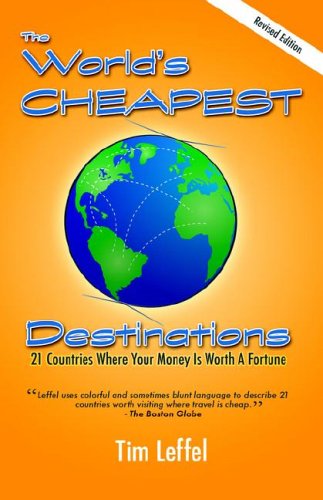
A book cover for The World's Cheapest Destinations: 21 Countries Where Your Money Is Worth a Fortune, Second Edition; Tim Leffel; Travel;